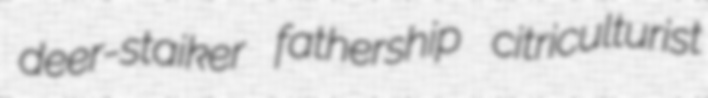
deer-staiker fathership citriculturist